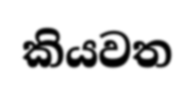
කියවත